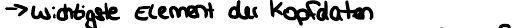
-> wichtigste Element der Kopdaten